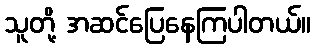
သူတို့ အဆင်ပြေနေကြပါတယ်။